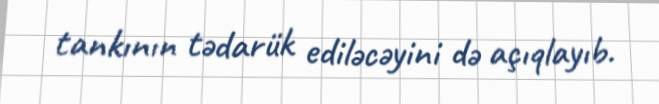
tankının tədarük ediləcəyini də açıqlayıb.